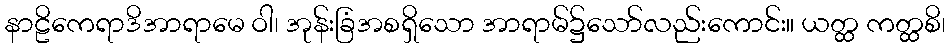
နာဠိကေရာဒိအာရာမေ ဝါ၊ အုန်းခြံအစရှိသော အာရာမ်၌သော်လည်းကောင်း။ ယတ္ထ ကတ္ထစိ၊